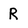
Character: R